Vaccine operations Central Provinces 1868-1885 - 1868-1885
Year: 1868
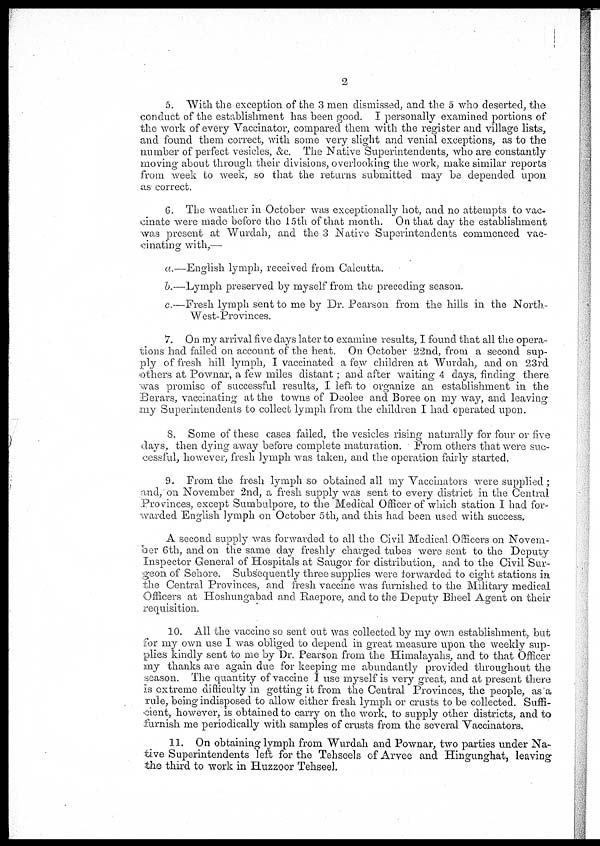
2
5. With the exception of the 3 men dismissed, and the 5 who deserted, the
conduct of the establishment has been good. I personally examined portions of
the work of every Vaccinator, compared them with the register and village lists,
and found them correct, with some very slight and venial exceptions, as to the
number of perfect vesicles, &c. The Native Superintendents, who are constantly
moving about through their divisions, overlooking the work, make similar reports
from week to week, so that the returns submitted may be depended upon
as correct.
6. The weather in October was exceptionally hot, and no attempts to vac-
cinate were made before the 15th of that month. On that day the establishment
was present at Wurdah, and the 3 Native Superintendents commenced vac-
cinating with,—
a.—English lymph, received from Calcutta.
b.—Lymph preserved by myself from the preceding season.
c.—Fresh lymph sent to me by Dr. Pearson from the hills in the North-
West-Provinces.
7. On my arrival five days later to examine results, I found that all the opera-
tions had failed on account of the heat. On October 22nd, from a second sup-
ply of fresh hill lymph, I vaccinated a few children at Wurdah, and on 23rd
others at Pownar, a few miles distant ; and after waiting 4 days, finding there
was promise of successful results, I left to organize an establishment in the
Berars, vaccinating at the towns of Deolee and Boree on my way, and leaving
my Superintendents to collect lymph from the children I had operated upon.
8. Some of these cases failed, the vesicles rising naturally for four or five
days, then dying away before complete maturation. From others that were suc-
cessful, however, fresh lymph was taken, and the operation fairly started.
9. From the fresh lymph so obtained all my Vaccinators were supplied ;
and, on November 2nd, a fresh supply was sent to every district in the Central
Provinces, except Sumbulpore, to the Medical Officer of which station I had for-
warded English lymph on October 5th, and this had been used with success.
A second supply was forwarded to all the Civil Medical Officers on Novem-
ber 6th, and on the same day freshly charged tubes were sent to the Deputy
Inspector General of Hospitals at Saugor for distribution, and to the Civil Sur-
geon of Sehore. Subsequently three supplies were forwarded to eight stations in
the Central Provinces, and fresh vaccine was furnished to the Military medical
Officers at Hoshungabad and Raepore, and to the Deputy Bheel Agent on their
requisition.
10. All the vaccine so sent out was collected by my own establishment, but
for my own use I was obliged to depend in great measure upon the weekly sup-
plies kindly sent to me by Dr. Pearson from the Himalayahs, and to that Officer
my thanks are again due for keeping me abundantly provided throughout the
season. The quantity of vaccine I use myself is very great, and at present there
is extreme difficulty in getting it from the Central Provinces, the people, as a
rule, being indisposed to allow either fresh lymph or crusts to be collected. Suffi-
cient, however, is obtained to carry on the work to supply other districts, and to
furnish me periodically with samples of crusts from the several Vaccinators.
11. On obtaining lymph from Wurdah and Pownar, two parties under Na-
tive Superintendents left for the Tehseels of Arvee and Hingunghat, leaving
the third to work in Huzzoor Tehseel.